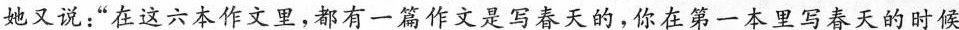
她又说：”在这六本作文里，都有一篇作文是写春天的，你在第一本里写春天的时候